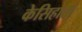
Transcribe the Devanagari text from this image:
केसिहाटां